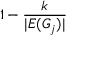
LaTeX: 1 - { \frac { k } { | E ( G _ { j } ) | } }